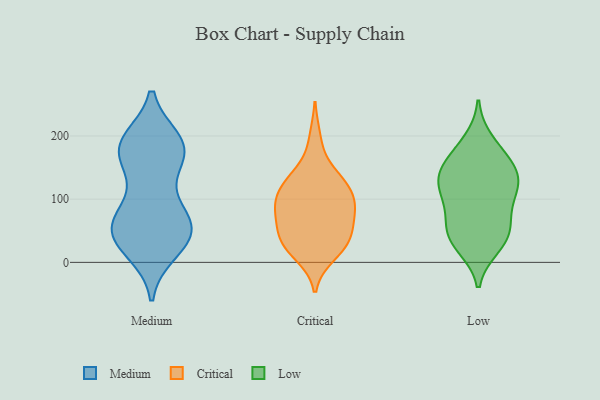
{"axis": {"x": "Churn Rate (%)", "y": "Value"}, "legend": ["Critical", "Low", "Medium"], "data": [{"x": "", "y": 174, "type": "Medium"}, {"x": "", "y": 173, "type": "Medium"}, {"x": "", "y": 65, "type": "Medium"}, {"x": "", "y": 53, "type": "Medium"}, {"x": "", "y": 192, "type": "Medium"}, {"x": "", "y": 37, "type": "Medium"}, {"x": "", "y": 190, "type": "Medium"}, {"x": "", "y": 184, "type": "Medium"}, {"x": "", "y": 18, "type": "Medium"}, {"x": "", "y": 50, "type": "Medium"}, {"x": "", "y": 23, "type": "Medium"}, {"x": "", "y": 68, "type": "Medium"}, {"x": "", "y": 55, "type": "Medium"}, {"x": "", "y": 176, "type": "Medium"}, {"x": "", "y": 39, "type": "Medium"}, {"x": "", "y": 72, "type": "Medium"}, {"x": "", "y": 187, "type": "Medium"}, {"x": "", "y": 149, "type": "Medium"}, {"x": "", "y": 103, "type": "Medium"}, {"x": "", "y": 16, "type": "Critical"}, {"x": "", "y": 196, "type": "Critical"}, {"x": "", "y": 88, "type": "Critical"}, {"x": "", "y": 32, "type": "Critical"}, {"x": "", "y": 74, "type": "Critical"}, {"x": "", "y": 98, "type": "Critical"}, {"x": "", "y": 51, "type": "Critical"}, {"x": "", "y": 103, "type": "Critical"}, {"x": "", "y": 144, "type": "Critical"}, {"x": "", "y": 33, "type": "Critical"}, {"x": "", "y": 80, "type": "Critical"}, {"x": "", "y": 128, "type": "Critical"}, {"x": "", "y": 121, "type": "Critical"}, {"x": "", "y": 43, "type": "Critical"}, {"x": "", "y": 75, "type": "Critical"}, {"x": "", "y": 132, "type": "Critical"}, {"x": "", "y": 35, "type": "Critical"}, {"x": "", "y": 11, "type": "Critical"}, {"x": "", "y": 103, "type": "Critical"}, {"x": "", "y": 74, "type": "Low"}, {"x": "", "y": 39, "type": "Low"}, {"x": "", "y": 165, "type": "Low"}, {"x": "", "y": 117, "type": "Low"}, {"x": "", "y": 165, "type": "Low"}, {"x": "", "y": 107, "type": "Low"}, {"x": "", "y": 37, "type": "Low"}, {"x": "", "y": 45, "type": "Low"}, {"x": "", "y": 70, "type": "Low"}, {"x": "", "y": 142, "type": "Low"}, {"x": "", "y": 133, "type": "Low"}, {"x": "", "y": 26, "type": "Low"}, {"x": "", "y": 117, "type": "Low"}, {"x": "", "y": 191, "type": "Low"}, {"x": "", "y": 134, "type": "Low"}]}